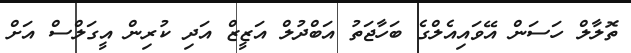
ތޮލާލް ހަސަން އޭވައިއެލްގެ ބަހާޖަތު އަބްދުލް އަޒީޒް އަދި ކުރިން އީގަލްސް އަށް